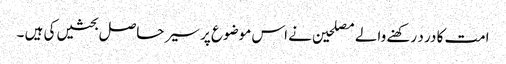
امت کا در د رکھنے والے مصلحین نے اس موضوع پر سیر حاصل بحثیں کی ہیں ۔